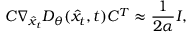
C \nabla _ { \hat { x } _ { t } } D _ { \theta } ( \hat { x } _ { t } , t ) C ^ { T } \approx \frac { 1 } { 2 \alpha } I ,